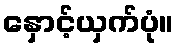
နှောင့်ယှက်ပုံ။